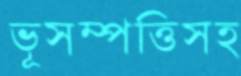
ভূসম্পত্তিসহ